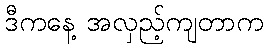
ဒီကနေ့ အလှည့်ကျတာက